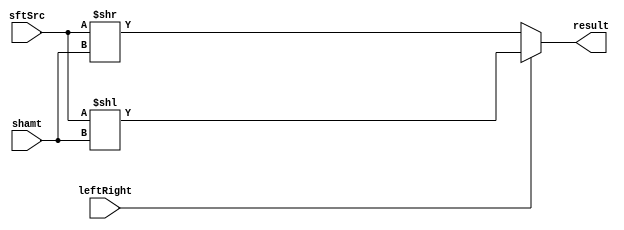
module Shifter( result, leftRight, shamt, sftSrc  );
    
  output wire[31:0] result;

  input wire leftRight;
  input wire[4:0] shamt;
  input wire[31:0] sftSrc ;
  
  /*your code here*/ 
  reg[31:0] TemR;
  always@(*)
  begin
    if (leftRight == 1'b1)
	begin
	  /*for(idx=31; idx>=shamt; idx=idx-1)
	    result[idx] = sftSrc[idx-shamt];
	  for(idx=shamt-1; idx>=0; idx=idx-1)
	    result[idx] = 0*/
          TemR <= sftSrc << shamt;
	end
    else
      TemR <= sftSrc >> shamt;
  end
  assign result = TemR;
endmodule